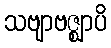
သဗျာဗဇ္ဈာပိ